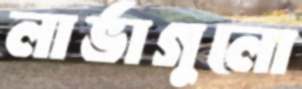
লার্ভাগুলো